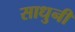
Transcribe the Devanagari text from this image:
साधुनी